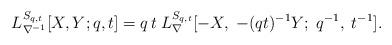
LaTeX: \begin{align*}L^{S_{q,t}}_{\nabla^{-1}}[X, Y; q, t] = q\, t\; L^{S_{q,t}}_{\nabla}[-X,\; -(qt)^{-1} Y;\; q^{-1},\; t^{-1}].\end{align*}